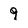
Character: 9